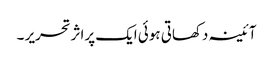
آئینہ دکھاتی ہوئی ایک پراثرتحریر ۔